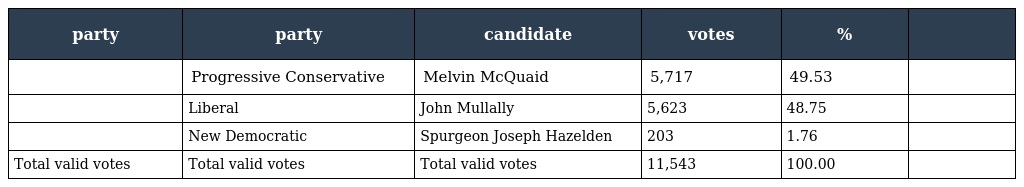
| party | party | candidate | votes | % |  |
 | --- | --- | --- | --- | --- | --- |
 |  | Progressive Conservative | Melvin McQuaid | 5,717 | 49.53 |  |
 |  | Liberal | John Mullally | 5,623 | 48.75 |  |
 |  | New Democratic | Spurgeon Joseph Hazelden | 203 | 1.76 |  |
 | Total valid votes | Total valid votes | Total valid votes | 11,543 | 100.00 |  |